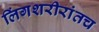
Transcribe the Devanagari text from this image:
लिंगशरीरांतच